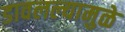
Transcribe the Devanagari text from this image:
डावलल्यामुळे